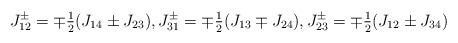
LaTeX: \begin{align*}J_{12}^\pm = \mp \tfrac 12 ( J_{14} \pm J_{23} ),J_{31}^\pm = \mp \tfrac 12 ( J_{13} \mp J_{24} ),J_{23}^\pm = \mp \tfrac 12 ( J_{12} \pm J_{34} )\end{align*}